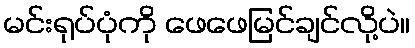
မင်းရုပ်ပုံကို ဖေဖေမြင်ချင်လို့ပဲ။